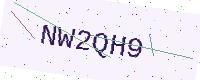
Text: NW2QH9